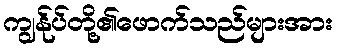
ကျွန်ုပ်တို့၏ဖောက်သည်များအား